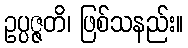
ဥပ္ပဇ္ဇတိ၊ ဖြစ်သနည်း။